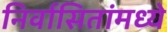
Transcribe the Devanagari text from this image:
निर्वासितांमध्ये